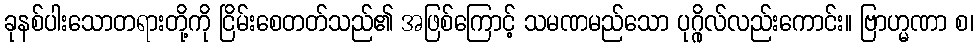
ခုနစ်ပါးသောတရားတို့ကို ငြိမ်းစေတတ်သည်၏ အဖြစ်ကြောင့် သမဏမည်သော ပုဂ္ဂိုလ်လည်းကောင်း။ ဗြာဟ္မဏာ စ၊